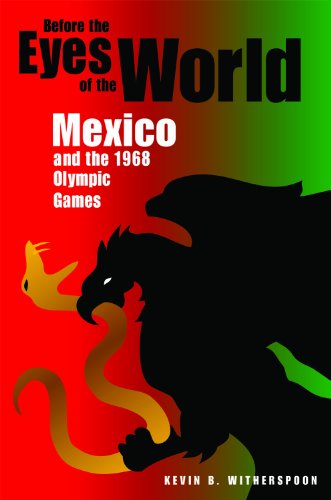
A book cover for Before the Eyes of the World: Mexico and the 1968 Olympic Games; Kevin B. Witherspoon; Sports & Outdoors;